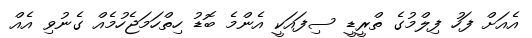
އެއަށް ފަހު ފިލްމުގެ ތްރީޑީ ސިފައަކީ އެންމެ ބޮޑު ހިތްހަމަޖެހުމެއް ގެނުވި އެއް